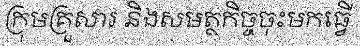
ក្រុមគ្រួសារ និងសមត្ថកិច្ចចុះមកធ្វើ